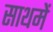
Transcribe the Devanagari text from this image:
साथमें